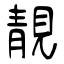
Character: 靚